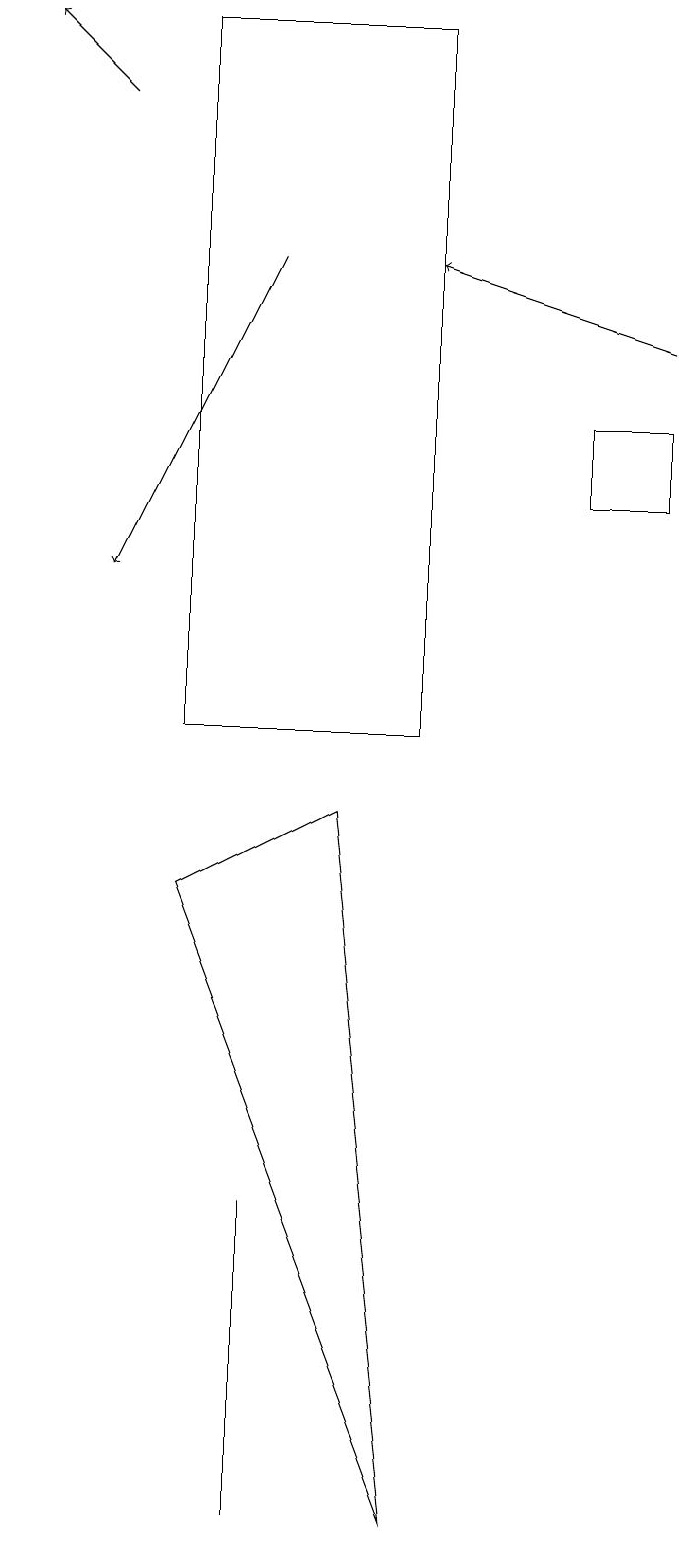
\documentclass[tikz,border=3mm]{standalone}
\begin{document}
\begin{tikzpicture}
\draw (8,14) rectangle (7,13);
\draw (3,4) -- (3,0) -- (3,2) -- cycle;
\draw[->] (3,16) -- (1,12);
\draw (4,9) -- (2,8) -- (5,0) -- cycle;
\draw[->] (8,15) -- (5,16);
\draw[->] (1,18) -- (0,19);
\draw (2,10) rectangle (5,19);
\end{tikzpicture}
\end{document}